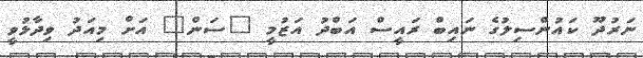
ނަރުދޫ ކައުންސިލުގެ ނައިބް ރައީސް އަބްދު އަޒުމީ "ސަން" އަށް މިއަދު ވިދާޅުވީ